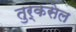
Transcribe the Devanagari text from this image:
तुर्कसेल